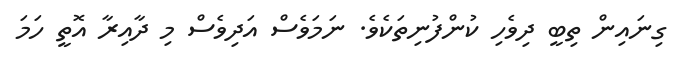
ގިނައިން ތިބީ ދިވެހި ކުންފުނިތަކެވެ. ނަމަވެސް އަދިވެސް މި ދާއިރާ އޮތީ ހަމަ